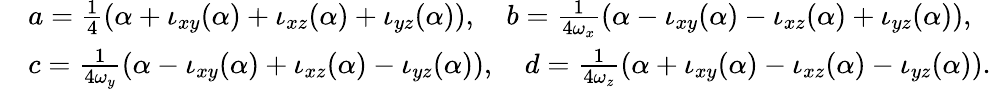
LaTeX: \begin{array}{rl}&{a=\frac{1}{4}(\alpha+\iota_{xy}(\alpha)+\iota_{xz}(\alpha)+\iota_{yz}(\alpha)),\quad b=\frac{1}{4\omega_{x}}(\alpha-\iota_{xy}(\alpha)-\iota_{xz}(\alpha)+\iota_{yz}(\alpha)),}\\ &{c=\frac{1}{4\omega_{y}}(\alpha-\iota_{xy}(\alpha)+\iota_{xz}(\alpha)-\iota_{yz}(\alpha)),\quad d=\frac{1}{4\omega_{z}}(\alpha+\iota_{xy}(\alpha)-\iota_{xz}(\alpha)-\iota_{yz}(\alpha)).}\end{array}